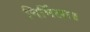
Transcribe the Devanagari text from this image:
निर्मिला॥